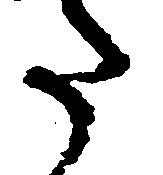
た